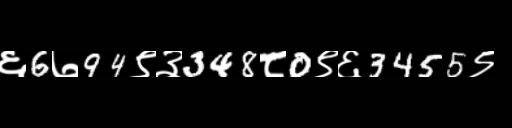
Text: ६6७94९३348८0९६3455९